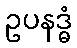
ဥပနဒ္ဓံ